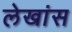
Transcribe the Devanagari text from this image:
लेखांस